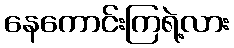
နေကောင်းကြရဲ့လား